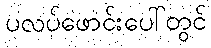
ပလပ်ဖောင်းပေါ်တွင်